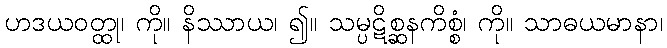
ဟဒယဝတ္ထု၊ ကို။ နိဿာယ၊ ၍။ သမ္ပဋိစ္ဆနကိစ္စံ၊ ကို။ သာဓယမာနာ၊